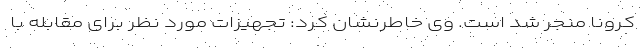
کرونا منجر شد است. وی خاطرنشان کرد: تجهیزات مورد نظر برای مقابله با